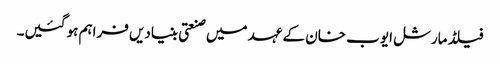
فیلڈ مارشل ایوب خان کے عہد میں صنعتی بنیادیں فراہم ہو گئیں۔